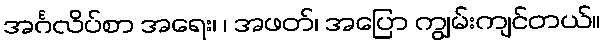
အင်္ဂလိပ်စာ အရေး၊ ၊ အဖတ်၊ အပြော ကျွမ်းကျင်တယ်။